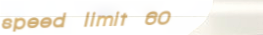
speed limit 60